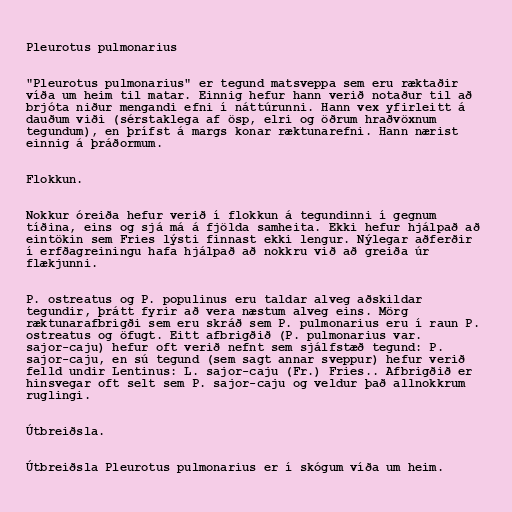
Pleurotus pulmonarius

"Pleurotus pulmonarius" er tegund matsveppa sem eru ræktaðir
víða um heim til matar. Einnig hefur hann verið notaður til að
brjóta niður mengandi efni í náttúrunni. Hann vex yfirleitt á
dauðum viði (sérstaklega af ösp, elri og öðrum hraðvöxnum
tegundum), en þrífst á margs konar ræktunarefni. Hann nærist
einnig á þráðormum.

Flokkun.

Nokkur óreiða hefur verið í flokkun á tegundinni í gegnum
tíðina, eins og sjá má á fjölda samheita. Ekki hefur hjálpað að
eintökin sem Fries lýsti finnast ekki lengur. Nýlegar aðferðir
í erfðagreiningu hafa hjálpað að nokkru við að greiða úr
flækjunni.

P. ostreatus og P. populinus eru taldar alveg aðskildar
tegundir, þrátt fyrir að vera næstum alveg eins. Mörg
ræktunarafbrigði sem eru skráð sem P. pulmonarius eru í raun P.
ostreatus og öfugt. Eitt afbrigðið (P. pulmonarius var.
sajor-caju) hefur oft verið nefnt sem sjálfstæð tegund: P.
sajor-caju, en sú tegund (sem sagt annar sveppur) hefur verið
felld undir Lentinus: L. sajor-caju (Fr.) Fries.. Afbrigðið er
hinsvegar oft selt sem P. sajor-caju og veldur það allnokkrum
ruglingi.

Útbreiðsla.

Útbreiðsla Pleurotus pulmonarius er í skógum víða um heim.